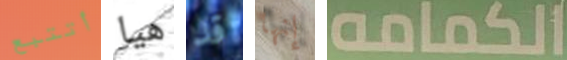
أتتبع هيا قد إنها الكمامه